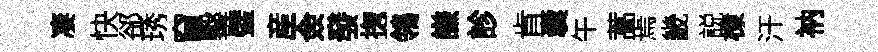
凄快郤琇窅鑿璧産僉發揔鴒謙診肯囊午蒿焉畿説棣汗衲